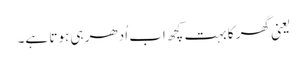
یعنی گھر کا بہت کچھ اب اُدھر ہی ہوتا ہے۔